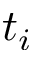
t _ { i }